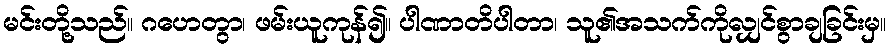
မင်းတို့သည်။ ဂဟေတွာ၊ ဖမ်းယူကုန်၍။ ပါဏာတိပါတာ၊ သူ၏အသက်ကိုလျှင်စွာချခြင်းမှ။